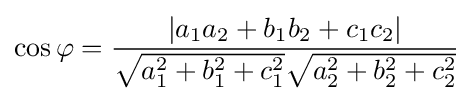
\cos \varphi ={\frac {\left\vert a_{1}a_{2}+b_{1}b_{2}+c_{1}c_{2}\right\vert }{{\sqrt {a_{1}^{2}+b_{1}^{2}+c_{1}^{2}}}{\sqrt {a_{2}^{2}+b_{2}^{2}+c_{2}^{2}}}}}